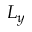
L _ { y }